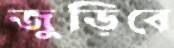
জুড়িবে